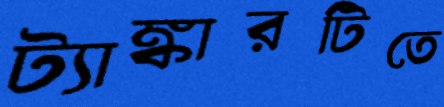
ট্যাঙ্কারটিতে